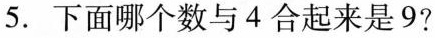
5.下面哪个数与4合起来是9?